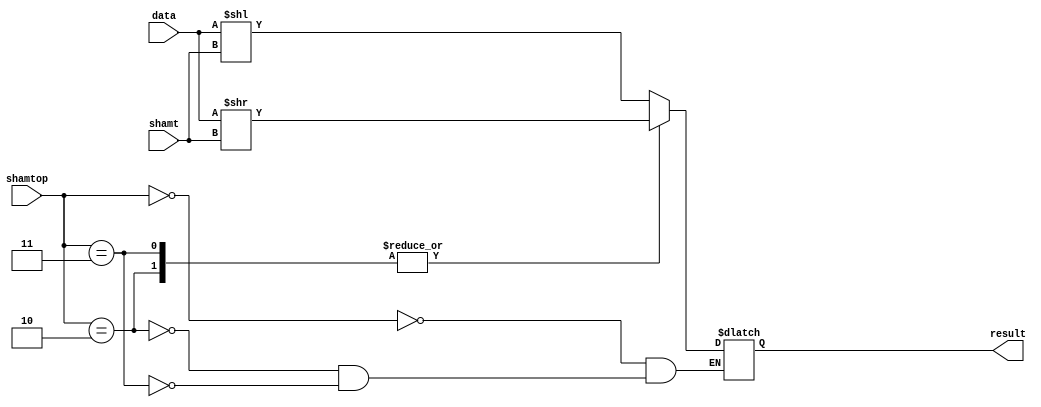
module shift_unit(input wire [31:0] data , input wire [4:0] shamt , input wire [1:0] shamtop  , output reg [31:0] result); 
always @(shamt , data , shamtop)
case (shamtop)
0 : result <= (data << shamt) ; 
2 : result <= (data >> shamt) ; 
3 : result <= (data >> shamt) ; //has yet to do 
endcase 
endmodule